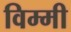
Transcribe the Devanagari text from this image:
विम्मी